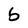
Character: 6